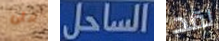
على الساحل لقد